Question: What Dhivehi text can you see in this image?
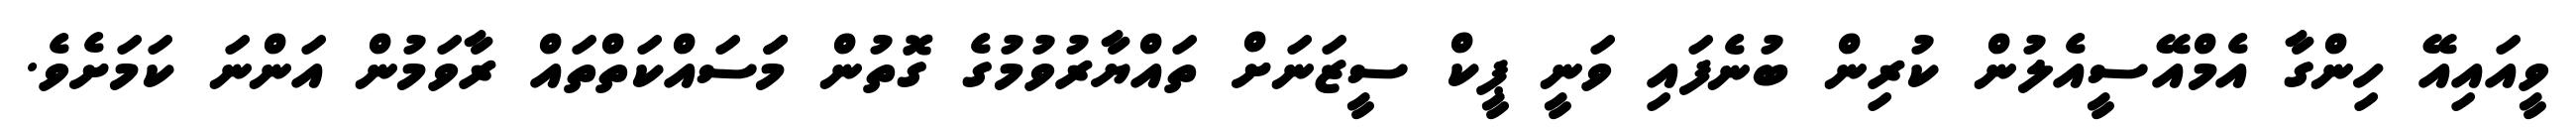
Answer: ވީއައިއޭ ހިންގާ އެމްއޭސީއެލުން ކުރިން ބުނެފައި ވަނީ ޕީކް ސީޒަނަށް ތައްޔާރުވުމުގެ ގޮތުން މަަސައްކަތްތައް ރާވަމުން އަންނަ ކަމަށެވެ.